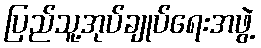
ပြည်သူ့အုပ်ချုပ်ရေးအဖွဲ့